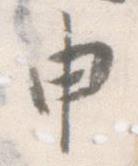
申